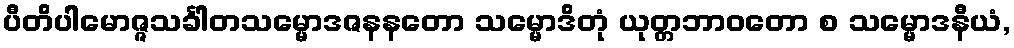
ပီတိပါမောဇ္ဇသင်္ခါတသမ္မောဒဇနနတော သမ္မောဒိတုံ ယုတ္တဘာဝတော စ သမ္မောဒနီယံ,